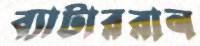
ব্যাটাররান